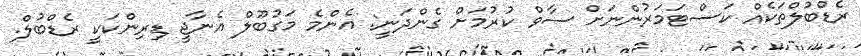
ރެޑްބުލްތަކެއް ކަސްޓަމަރުންނަށް ސާވް ކުރުމަށް ގެންދަނީ: އެންމެ މަގުބޫލް އެނާޖީ ޑިރިންކަކީ ރެޑްބުލް.